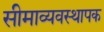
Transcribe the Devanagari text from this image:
सीमाव्यवस्थापक